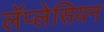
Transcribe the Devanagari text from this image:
लॅप्लेसियन